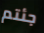
جئتم